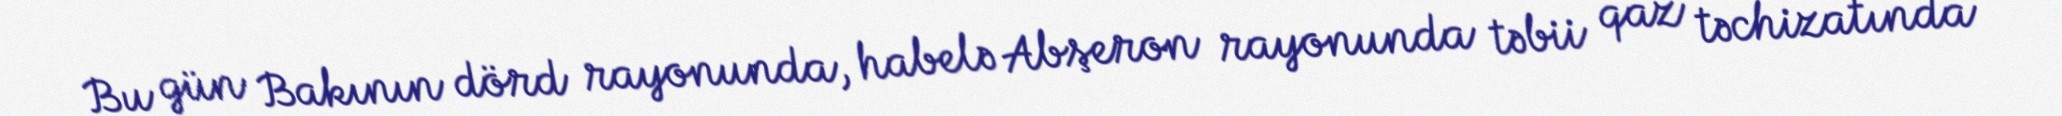
Bu gün Bakının dörd rayonunda, habelə Abşeron rayonunda təbii qaz təchizatında